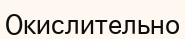
Окислительно